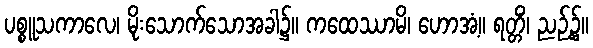
ပစ္စူသကာလေ၊ မိုးသောက်သောအခါ၌။ ကထေဿာမိ၊ ဟောအံ့။ ရတ္တိံ၊ ညဉ့်၌။